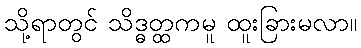
သို့ရာတွင် သိဒ္ဓတ္ထကမူ ထူးခြားမလာ။